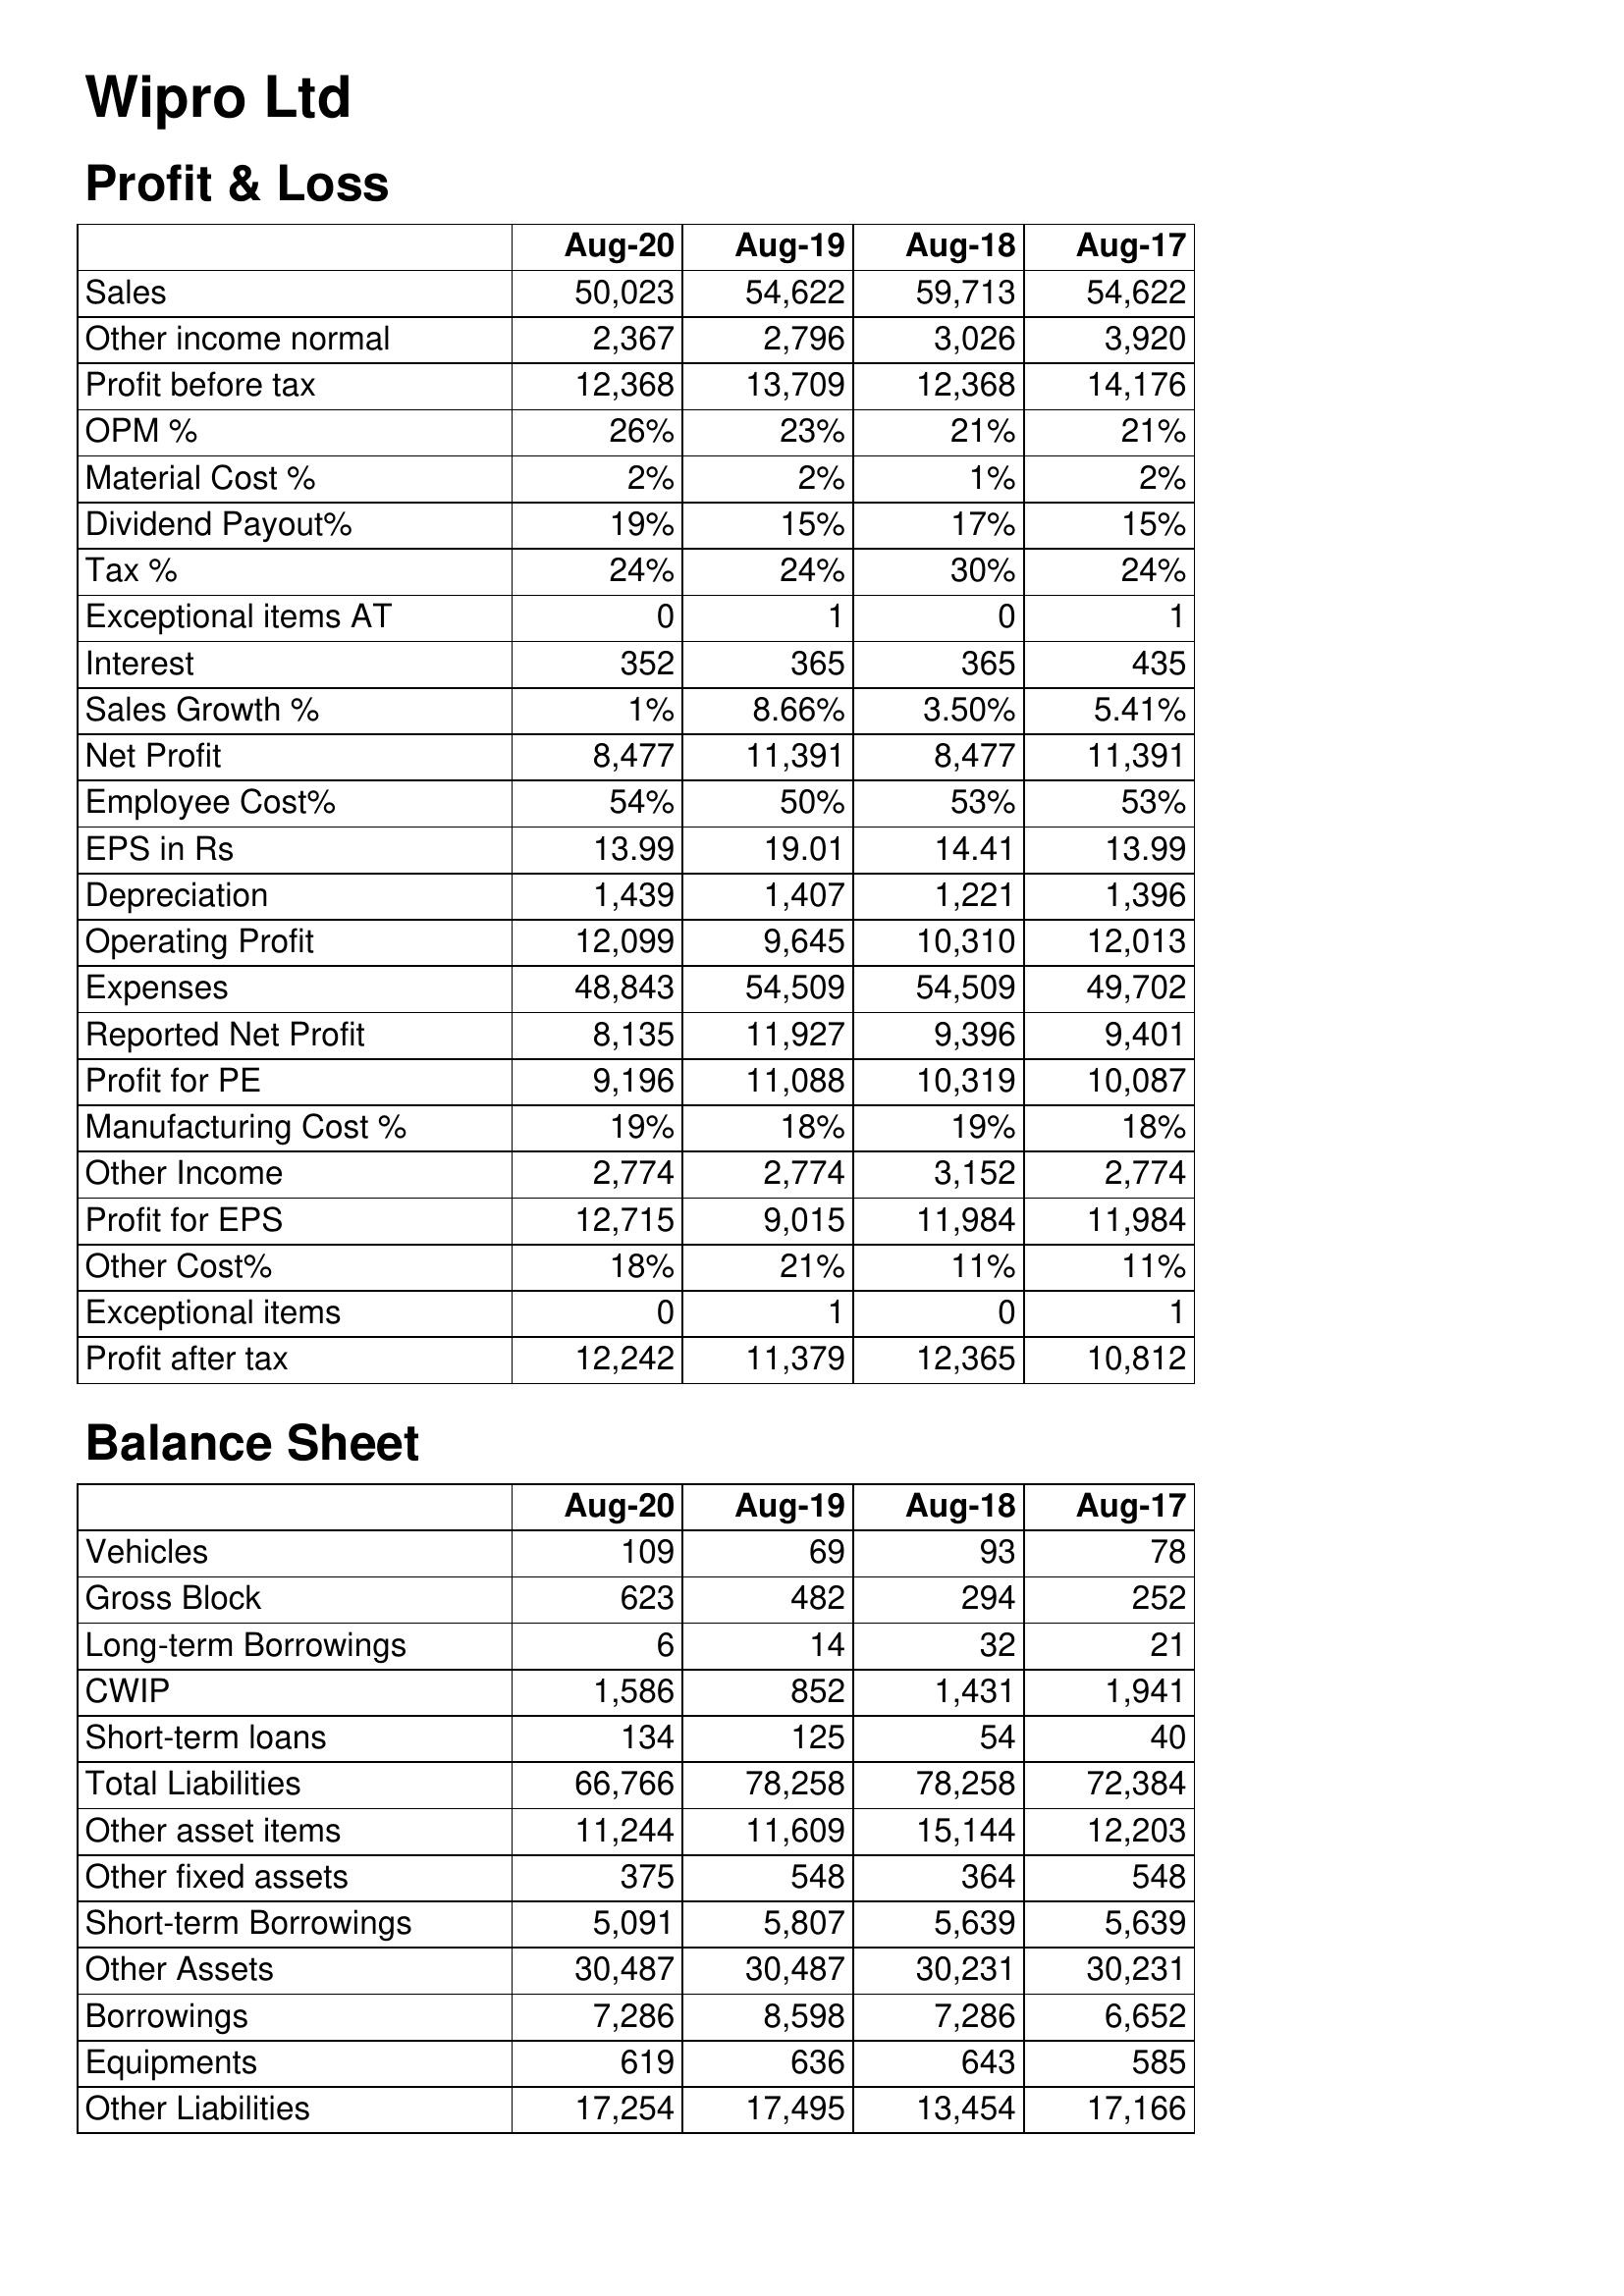
Aug-20: Profit & Loss: Sales: 50,023
Other income normal: 2,367
Profit before tax: 12,368
OPM %: 26%
Material Cost %: 2%
Dividend Payout%: 19%
Tax %: 24%
Exceptional items AT: 0
Interest: 352
Sales Growth %: 1%
Net Profit: 8,477
Employee Cost%: 54%
EPS in Rs: 13.99
Depreciation: 1,439
Operating Profit: 12,099
Expenses: 48,843
Reported Net Profit: 8,135
Profit for PE: 9,196
Manufacturing Cost %: 19%
Other Income: 2,774
Profit for EPS: 12,715
Other Cost%: 18%
Exceptional items: 0
Profit after tax: 12,242
Balance Sheet: Vehicles: 109
Gross Block: 623
Long-term Borrowings: 6
CWIP: 1,586
Short-term loans: 134
Total Liabilities: 66,766
Other asset items: 11,244
Other fixed assets: 375
Short-term Borrowings: 5,091
Other Assets: 30,487
Borrowings: 7,286
Equipments: 619
Other Liabilities: 17,254
Aug-19: Profit & Loss: Sales: 54,622
Other income normal: 2,796
Profit before tax: 13,709
OPM %: 23%
Material Cost %: 2%
Dividend Payout%: 15%
Tax %: 24%
Exceptional items AT: 1
Interest: 365
Sales Growth %: 8.66%
Net Profit: 11,391
Employee Cost%: 50%
EPS in Rs: 19.01
Depreciation: 1,407
Operating Profit: 9,645
Expenses: 54,509
Reported Net Profit: 11,927
Profit for PE: 11,088
Manufacturing Cost %: 18%
Other Income: 2,774
Profit for EPS: 9,015
Other Cost%: 21%
Exceptional items: 1
Profit after tax: 11,379
Balance Sheet: Vehicles: 69
Gross Block: 482
Long-term Borrowings: 14
CWIP: 852
Short-term loans: 125
Total Liabilities: 78,258
Other asset items: 11,609
Other fixed assets: 548
Short-term Borrowings: 5,807
Other Assets: 30,487
Borrowings: 8,598
Equipments: 636
Other Liabilities: 17,495
Aug-18: Profit & Loss: Sales: 59,713
Other income normal: 3,026
Profit before tax: 12,368
OPM %: 21%
Material Cost %: 1%
Dividend Payout%: 17%
Tax %: 30%
Exceptional items AT: 0
Interest: 365
Sales Growth %: 3.50%
Net Profit: 8,477
Employee Cost%: 53%
EPS in Rs: 14.41
Depreciation: 1,221
Operating Profit: 10,310
Expenses: 54,509
Reported Net Profit: 9,396
Profit for PE: 10,319
Manufacturing Cost %: 19%
Other Income: 3,152
Profit for EPS: 11,984
Other Cost%: 11%
Exceptional items: 0
Profit after tax: 12,365
Balance Sheet: Vehicles: 93
Gross Block: 294
Long-term Borrowings: 32
CWIP: 1,431
Short-term loans: 54
Total Liabilities: 78,258
Other asset items: 15,144
Other fixed assets: 364
Short-term Borrowings: 5,639
Other Assets: 30,231
Borrowings: 7,286
Equipments: 643
Other Liabilities: 13,454
Aug-17: Profit & Loss: Sales: 54,622
Other income normal: 3,920
Profit before tax: 14,176
OPM %: 21%
Material Cost %: 2%
Dividend Payout%: 15%
Tax %: 24%
Exceptional items AT: 1
Interest: 435
Sales Growth %: 5.41%
Net Profit: 11,391
Employee Cost%: 53%
EPS in Rs: 13.99
Depreciation: 1,396
Operating Profit: 12,013
Expenses: 49,702
Reported Net Profit: 9,401
Profit for PE: 10,087
Manufacturing Cost %: 18%
Other Income: 2,774
Profit for EPS: 11,984
Other Cost%: 11%
Exceptional items: 1
Profit after tax: 10,812
Balance Sheet: Vehicles: 78
Gross Block: 252
Long-term Borrowings: 21
CWIP: 1,941
Short-term loans: 40
Total Liabilities: 72,384
Other asset items: 12,203
Other fixed assets: 548
Short-term Borrowings: 5,639
Other Assets: 30,231
Borrowings: 6,652
Equipments: 585
Other Liabilities: 17,166